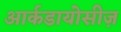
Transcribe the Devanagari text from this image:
आर्कडायोसीज़